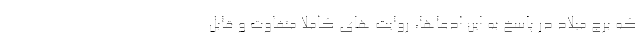
که برج میلاد در پاسخ به این ادعاها، روایت های کاملا متفاوت و قابل